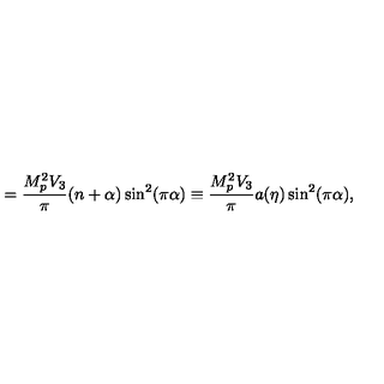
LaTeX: = \frac { M _ { p } ^ { 2 } V _ { 3 } } { \pi } ( n + \alpha ) \sin ^ { 2 } ( \pi \alpha ) \equiv \frac { M _ { p } ^ { 2 } V _ { 3 } } { \pi } a ( \eta ) \sin ^ { 2 } ( \pi \alpha ) ,